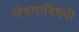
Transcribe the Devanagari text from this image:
जेवणाविषयी